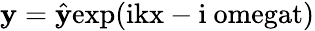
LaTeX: \mathbf{y}=\hat{{\mathbf{y}}}\mathrm{{{exp}(ikx-i\ omegat)}}